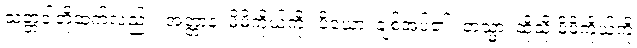
သတ္တဝါတို့ထက်လည်း။ အတ္တာနံ၊ မိမိကိုယ်ကို။ ပိယော၊ ချစ်အပ်၏။ တသ္မာ၊ ထိုသို့ မိမိကိုယ်ကို